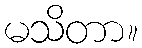
မသိတာ။